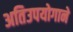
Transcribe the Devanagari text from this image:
अतिउपयोगाने